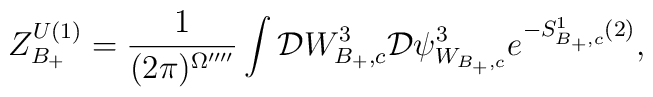
Z_{B_+}^{U(1)}=\frac{1}{(2\pi)^{\Omega^{\prime\prime\prime\prime}}}\int{\cal D}W^3_{B_+,c}{\cal D}\psi_{W_{B_+,c}}^3e^{-S^1_{B_+,c}(2)},